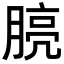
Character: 𪱧